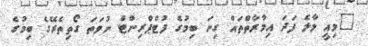
"މިއީ މާލެ ފަދަ އިމާރާތްތައް ގިނަ ބިމުގެ ފުޓްޕްރިންްޓް ނުވަތަ ގޯތިތެރޭގެ ބިމުގެ